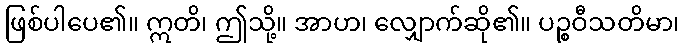
ဖြစ်ပါပေ၏။ ဣတိ၊ ဤသို့။ အာဟ၊ လျှောက်ဆို၏။ ပဉ္စဝီသတိမာ၊